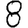
Digit: 8